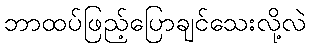
ဘာထပ်ဖြည့်ပြောချင်သေးလို့လဲ